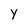
Character: y